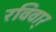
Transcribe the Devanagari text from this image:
रविवार्